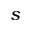
s